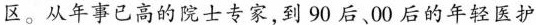
区。从年事已高的院士专家，到90后、00后的年轻医护